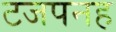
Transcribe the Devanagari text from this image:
टजपनह